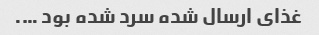
غذای ارسال شده سرد شده بود ….